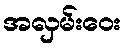
အလှမ်းဝေး